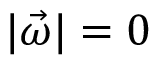
| \vec { \omega } | = 0